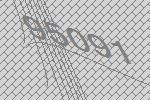
95091